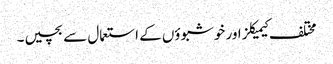
مختلف کیمیکلز اور خوشبوؤں کے استعمال سے بچیں۔